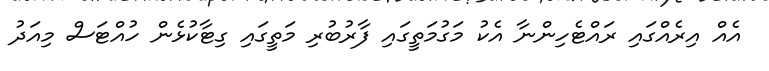
އެއް އިރެއްގައި ރައްޓެހިންނާ އެކު މަގުމަތީގައި ފާރުބުރި މަތީގައި ގިޓާކުޅެން ހުއްޓަސް މިއަދު